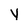
Character: Y